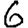
Digit: 6